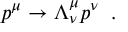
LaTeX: p ^ { \mu } \rightarrow \Lambda _ { \nu } ^ { \mu } p ^ { \nu } \; \; .